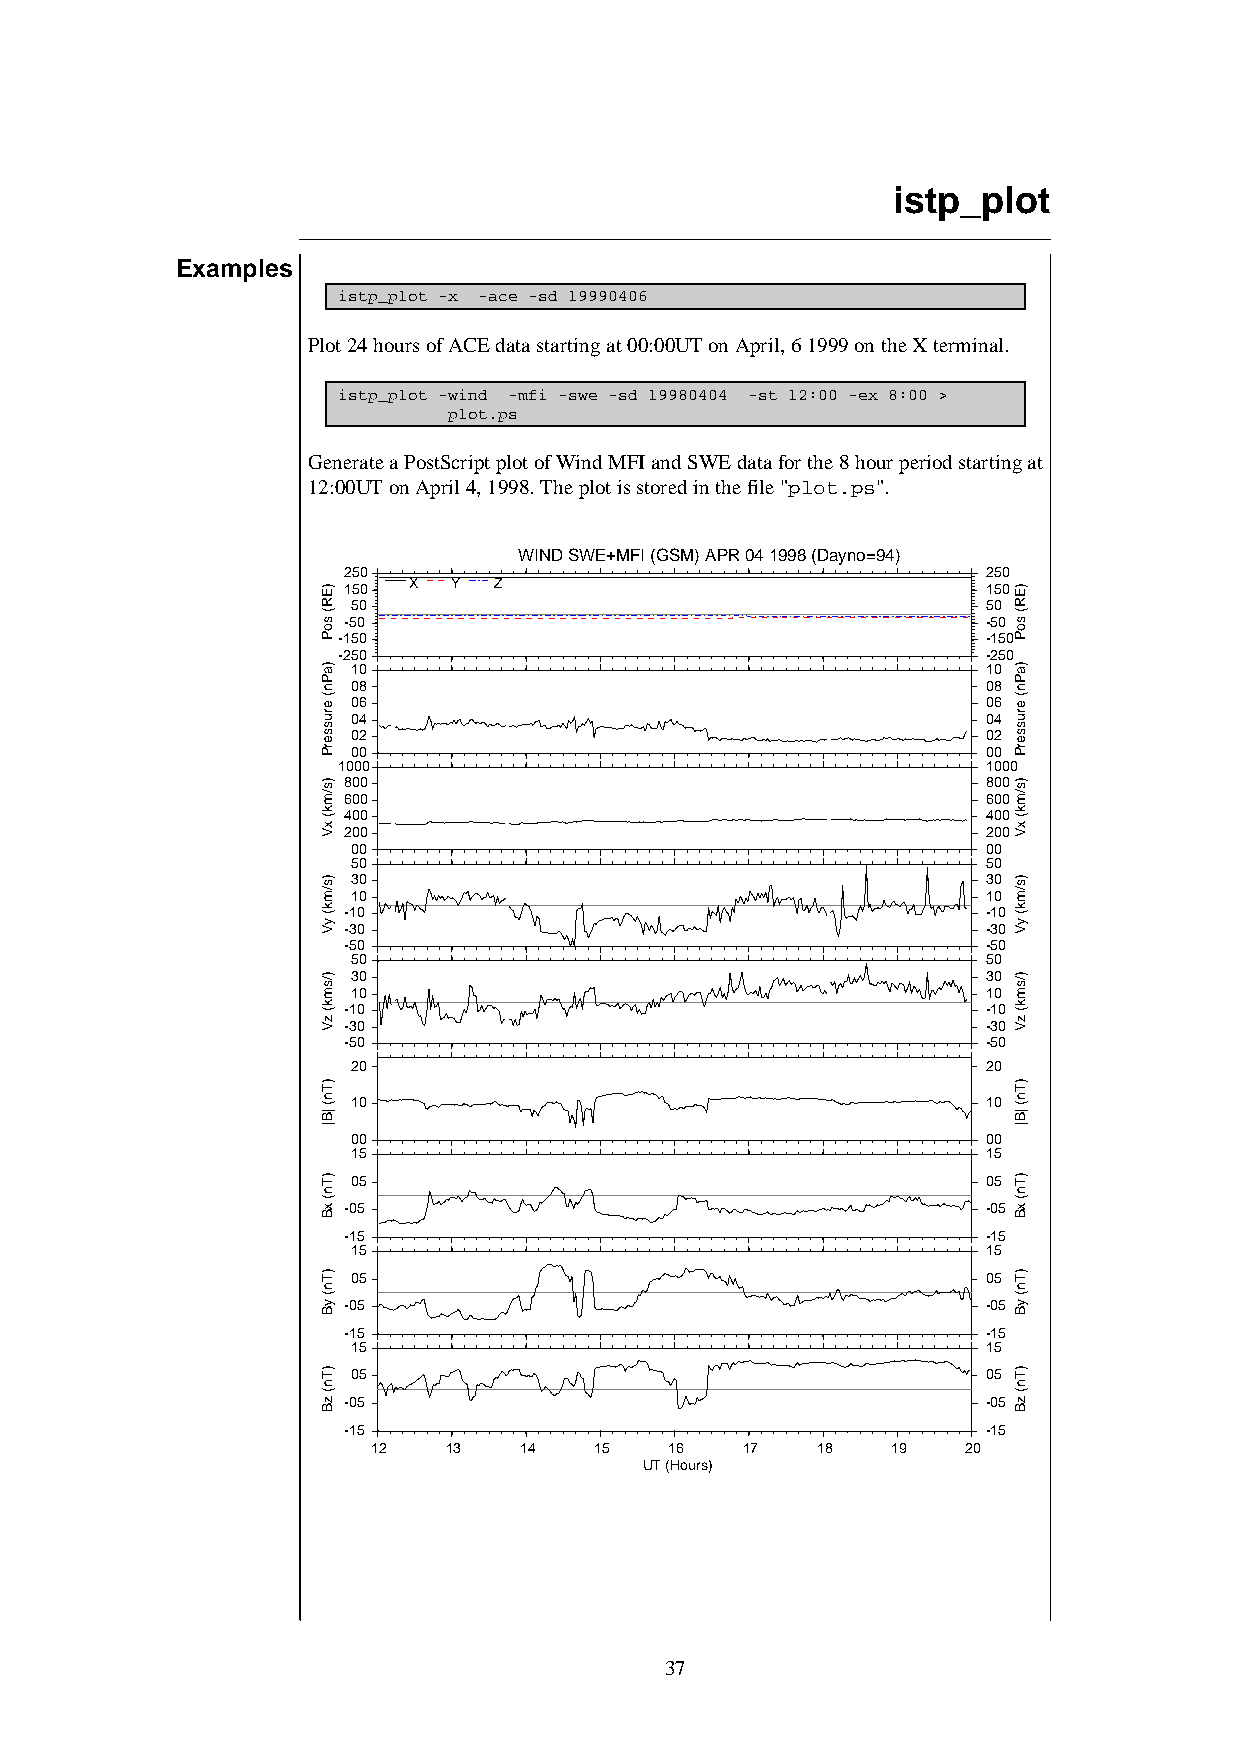
istp_plot
 Examples
 istp_plot -x -ace -sd 19990406
 Plot 24 hours of ACE data starting at 00:00UT on April, 6 1999 on the X terminal.
 istp_plot -wind -mfi -swe -sd 19980404 -st 12:00 -ex 8:00 >
 plot.ps
 Generate a PostScript plot of Wind MFI and SWE data for the 8 hour period starting at
 12:00UT on April 4, 1998. The plot is stored in the file "plot.ps".
 WIND SWE+MFI (GSM) APR 04 1998 (Dayno=94)
 250                                       250
 150 X  Y  Z                               150
 50                                        50
 -50                                       -50
 -150                                       -150
 -250                                       -250
 10                                        10
 08                                        08
 06                                        06
 04                                        04
 02                                        02
 00                                        00
 1000                                       1000
 800                                       800
 600                                       600
 400                                       400
 200                                       200
 00                                        00
 50                                        50
 30                                        30
 10                                        10
 -10                                       -10
 -30                                       -30
 -50                                       -50
 50                                        50
 30                                        30
 10                                        10
 -10                                       -10
 -30                                       -30
 -50                                       -50
 20                                        20
 10                                        10
 00                                        00
 15                                        15
 05                                        05
 -05                                       -05
 -15                                       -15
 15                                        15
 05                                        05
 -05                                       -05
 -15                                       -15
 15                                        15
 05                                        05
 -05                                       -05
 -15                                       -15
 12  13   14   15   16   17   18   19   20
 UT (Hours)
 37
 )ER(
 soP
 )aPn(
 erusserP
 )s/mk(
 xV
 )s/mk(
 yV
 )/smk(
 zV
 )Tn(
 |B|
 )Tn(
 xB
 )Tn(
 yB
 )Tn(
 zB
 )ER(
 soP
 )aPn(
 erusserP
 )s/mk(
 xV
 )s/mk(
 yV
 )/smk(
 zV
 )Tn(
 |B|
 )Tn(
 xB
 )Tn(
 yB
 )Tn(
 zB